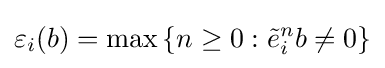
\varepsilon _{i}(b)=\max \left\{n\geq 0:{\tilde {e}}_{i}^{n}b\neq 0\right\}